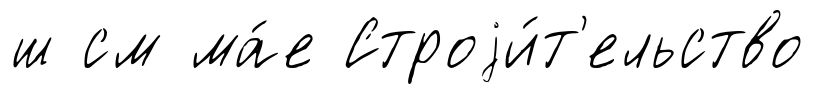
ш см ма́е Строjи́т'ельство